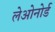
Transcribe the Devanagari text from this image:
लेओनोर्ड